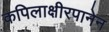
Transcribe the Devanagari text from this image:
कपिलाक्षीरपानेन